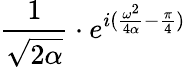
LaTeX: {\frac{1}{\sqrt{2\alpha}}}\cdot e^{i({\frac{\omega^{2}}{4\alpha}}-{\frac{\pi}{4}})}